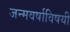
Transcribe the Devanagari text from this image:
जन्मवर्षाविषयी